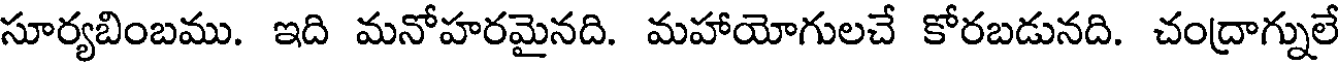
సూర్యబింబము. ఇది మనోహరమైనది. మహాయోగులచే కోరబడునది. చంద్రాగ్నులే